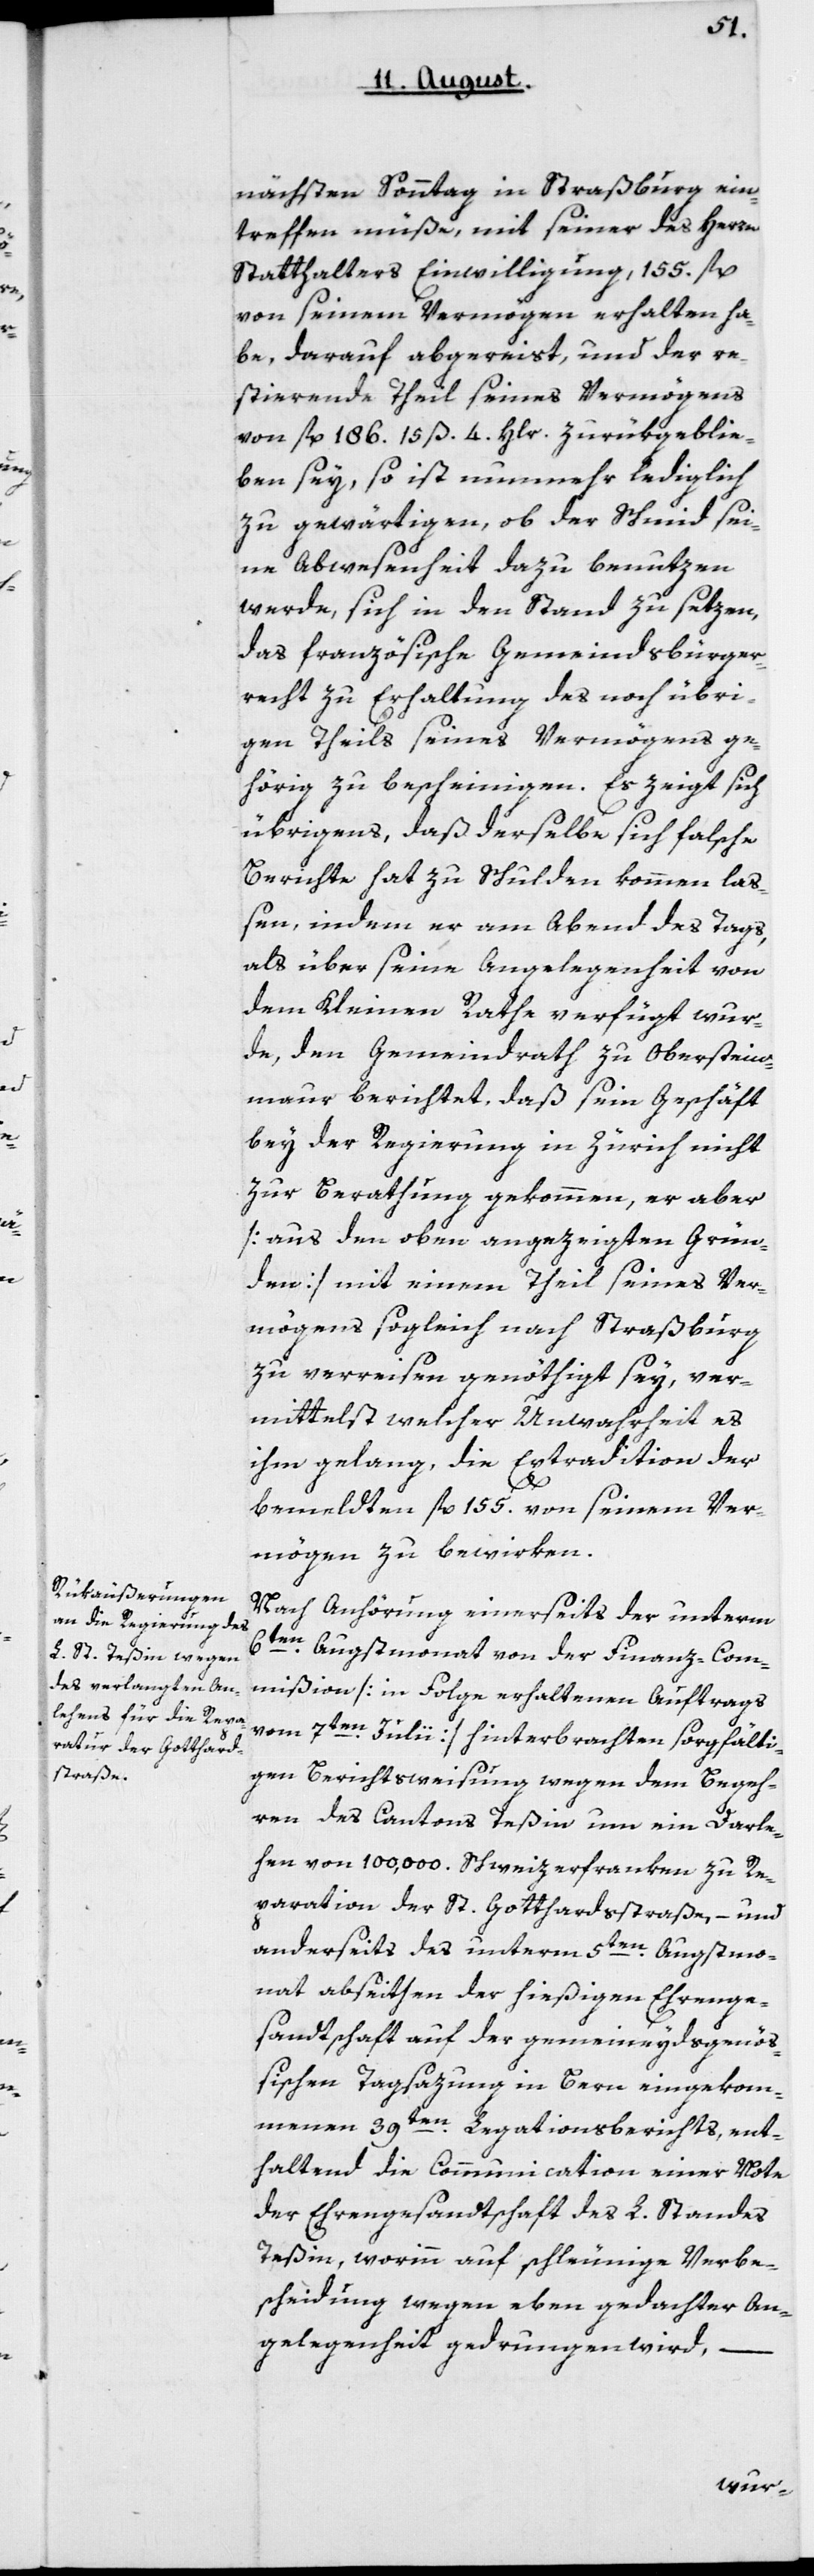
nächsten Sonntag in Straßburg ein¬
treffen müße, mit seiner des Herrn
Statthalters Einwilligung 155 fl.
von seinem Vermögen erhalten ha¬
be, darauf abgereist, und der re¬
stierende Theil seines Vermögens
von 186 fl. 15 ß 4 Hlr. zurükgeblie¬
ben sey, so ist nunmehr lediglich
zu gewärtigen, ob der Schmid sei¬
ne Abwesenheit dazu benutzen
werde, sich in den Stand zu setzen,
das französische Gemeindsbürge¬
recht zu Erhaltung des noch übri¬
gen Theils seines Vermögens ge¬
hörig zu bescheinigen. Es zeigt sich
übrigens, daß derselbe sich falsche
Berichte hat zu Schulden kommen laß¬
en, indem er am Abend des Tags,
als über seine Angelegenheit von
dem Kleinen Rathe verfügt wur¬
de, den Gemeindrath zu Oberstein¬
maur berichtet, daß sein Geschäft
bey der Regierung in Zürich nicht
zur Berathung gekommen, er aber
[aus den oben angezeigten Grün¬
den] mit einem Theil seines Ver¬
mögens sogleich nach Straßburg
zu verreisen genöthigt sey, ver¬
mittelst welcher Unwahrheit es
ihm gelang, die Extradition der
bemeldten fl. 155 von seinem Ver¬
mögen zu bewirken.
Nach Anhörung einerseits der unterm
6ten Augstmonat von der Finanzcom¬
mißion [in Folge erhaltenen Auftrags
vom 7ten Julii] hinterbrachten sorgfälti¬
gen Berichtsweisung wegen dem Begeh¬
ren des Cantons Teßin um ein Darle¬
hen von 100'000 Schweizerfranken zu Re¬
paration der St. Gotthardstraße, und
anderseits des unterm 5ten Augstmo¬
nat abseithen der hießigen Ehrenge¬
sandtschaft auf der gemeineydsgenöß¬
ischen Tagsazung in Bern eingekom¬
menen 39ten Legationsberichts, ent¬
haltend die Communication einer Note
der Ehrengesandtschaft des L. Standes
Teßin, worinn auf schleunige Verb¬
scheidung wegen eben gedachter An¬
gelegenheit gedrungen wird, –